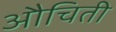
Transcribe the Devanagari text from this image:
औचिती